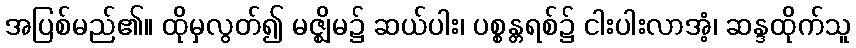
အပြစ်မည်၏။ ထိုမှလွတ်၍ မဇ္ဈိမ၌ ဆယ်ပါး၊ ပစ္စန္တရစ်၌ ငါးပါးလာအံ့၊ ဆန္ဒထိုက်သူ